Civil Veterinary Dept. Bombay admin report 1893-99 - 1893-1899
Year: 1893
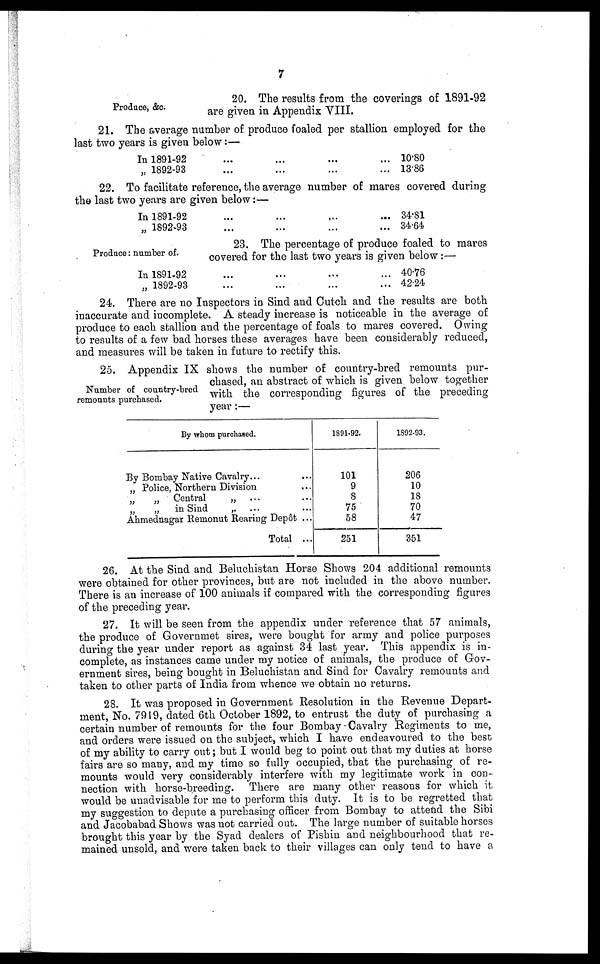
7
Produce, &c.
20. The results from the coverings of 1891-92
are given in Appendix VIII.
21. The average number of produce foaled per stallion employed for the
last two years is given below:—
In 1891-92 ... ... ... ...
„ 1892-93 ... ... ... ...
10.80
13.86
22. To facilitate reference, the average number of mares covered during
the last two years are given below:—
In 1891-92 ... ... ... ...
„ 1892-93 ... ... ... ...
34.81
34.64
Produce: number of.
23. The percentage of produce foaled to mares
covered for the last two years is given below:—
In 1891-92 ... ... ... ...
„ 1892-93 ... ... ... ...
40.76
42.24
24. There are no Inspectors in Sind and Cutch and the results are both
inaccurate and incomplete. A steady increase is noticeable in the average of
produce to each stallion and the percentage of foals to mares covered. Owing
to results of a few bad horses these averages have been considerably reduced,
and measures will be taken in future to rectify this.
Number of country-bred
remounts purchased.
25. Appendix IX shows the number of country-bred remounts pur-
chased, an abstract of which is given below together
with the corresponding figures of the preceding
year:—
By whom purchased.
By Bombay Native Cavalry... ...
„ Police, Northern Division ...
„
„ Central
„ ... ...
„
„
in Sind
„
...
...
Ahmednagar Remonut Rearing Depôt ...
Total ...
1891-92.
101
9
8
75
58
251
1892-93.
206
10
18
70
47
351
26. At the Sind and Beluchistan Horse Shows 204 additional remounts
were obtained for other provinces, but are not included in the above number.
There is an increase of 100 animals if compared with the corresponding figures
of the preceding year.
27. It will be seen from the appendix under reference that 57 animals,
the produce of Governmet sires, were bought for army and police purposes
during the year under report as against 34 last year. This appendix is in-
complete, as instances came under my notice of animals, the produce of Gov-
ernment sires, being bought in Beluchistan and Sind for Cavalry remounts and
taken to other parts of India from whence we obtain no returns.
28. It was proposed in Government Resolution in the Revenue Depart-
ment, No. 7919, dated 6th October 1892, to entrust the duty of purchasing a
certain number of remounts for the four Bombay-Cavalry Regiments to me,
and orders were issued on the subject, which I have endeavoured to the best
of my ability to carry out; but I would beg to point out that my duties at horse
fairs are so many, and my time so fully occupied, that the purchasing of re-
mounts would very considerably interfere with my legitimate work in con-
nection with horse-breeding. There are many other reasons for which it
would be unadvisable for me to perform this duty. It is to be regretted that
my suggestion to depute a purchasing officer from Bombay to attend the Sibi
and Jacobabad Shows was not carried out. The large number of suitable horses
brought this year by the Syad dealers of Pishin and neighbourhood that re-
mained unsold, and were taken back to their villages can only tend to have a